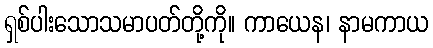
ရှစ်ပါးသောသမာပတ်တို့ကို။ ကာယေန၊ နာမကာယ